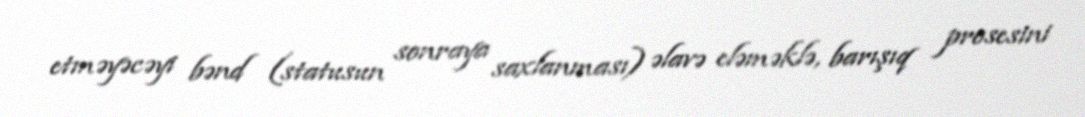
etməyəcəyi bənd (statusun sonraya saxlanması) əlavə eləməklə, barışıq prosesini